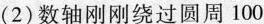
(2)数轴刚刚绕过圆周100